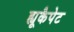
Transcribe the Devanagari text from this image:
ह्यूकैपेट